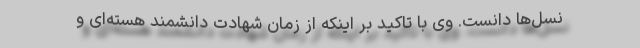
نسل‌ها دانست. وی با تاکید بر اینکه از زمان شهادت دانشمند هسته‌ای و